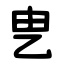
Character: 㐕